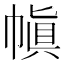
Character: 𫷊